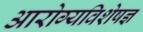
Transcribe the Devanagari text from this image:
आरोग्यविशेषज्ञ